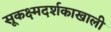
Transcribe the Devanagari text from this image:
सूकक्ष्मदर्शकाखाली